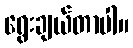
ရွေးချယ်တာပါ။